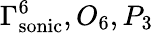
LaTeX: \Gamma_{\mathrm{sonic}}^{6},O_{6},P_{3}